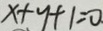
x + y + 1 = 0 .